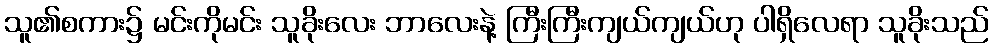
သူ၏စကား၌ မင်းကိုမင်း သူခိုးလေး ဘာလေးနဲ့ ကြီးကြီးကျယ်ကျယ်ဟု ပါရှိလေရာ သူခိုးသည်